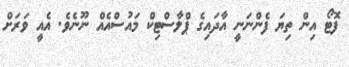
ފޮޓޯ އިން ތިޔަ ފެންނަނީ އާދައިގެ ޕްލާސްޓިކް މައުސްއެއް ނޫނެވެ. އެއީ ވަރަށް